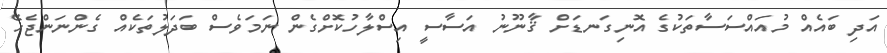
އަދި ބައެއް މުއައްސަސާތަކުގެ އޮނިގަނޑަށް ޤާނޫނު އަސާސީ އިސްލާހުކޮށްގެން ނަމަވެސް ބަދަލުތަކެއް ގެންނަންޖެހޭ